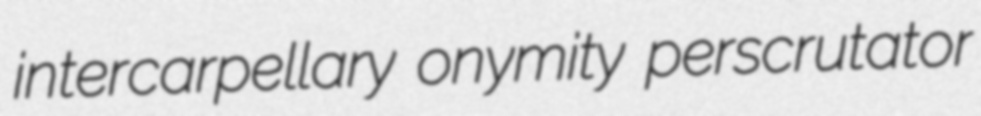
intercarpellary onymity perscrutator